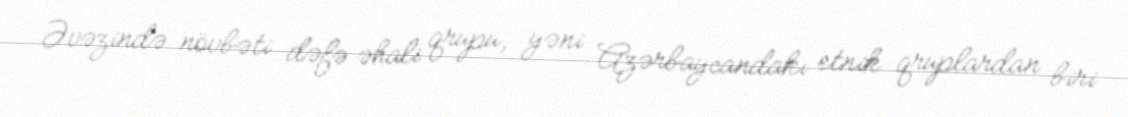
Əvəzində növbəti dəfə əhali qrupu, yəni Azərbaycandakı etnik qruplardan biri